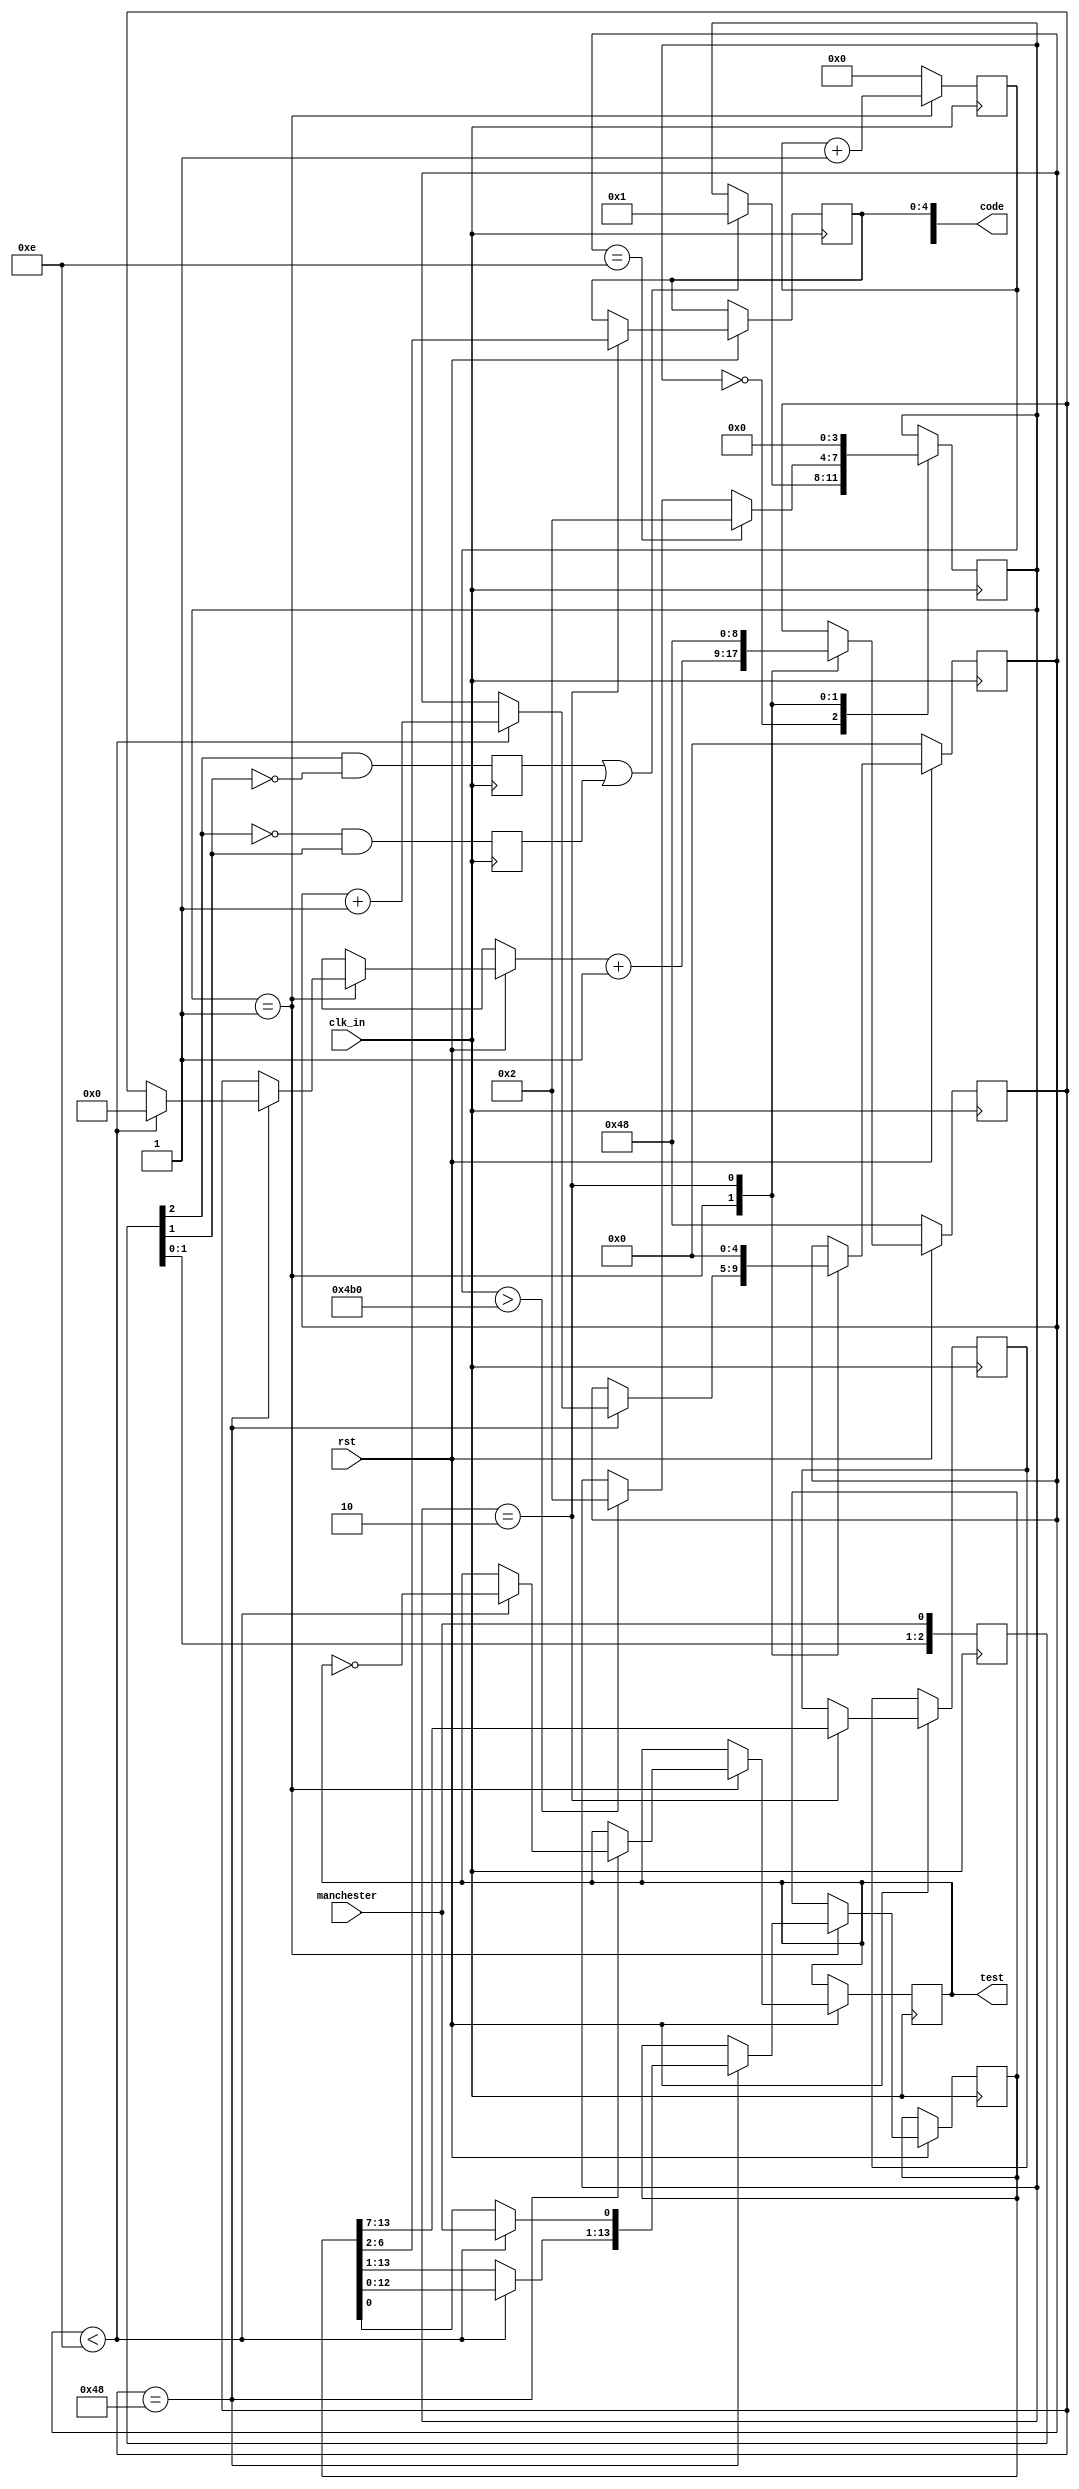
module man_decoding(
           input wire	clk_in,
           input wire	rst,
           //    input wire	clk_3us,
           input wire manchester,
           output reg test,
           output reg[15: 0] code

       );

reg [13: 0]rx_buf;

// 定义曼码接收长度
parameter rx_len = 14; 



reg manchester_neg = 0;
reg manchester_pos = 0;
reg [2: 0] manchester_r = 0;


always@(posedge clk_in)   // 打两拍捕获manchester码上升下降沿
begin
    manchester_r	<= {manchester_r[1: 0], manchester};
    manchester_neg	<= manchester_r[2] & (~manchester_r[1]);
    manchester_pos	<= (~manchester_r[2]) & manchester_r[1];
end


reg [3: 0]state = 0;
reg [12: 0]cnt = 0;


// receive slave code
always@(posedge clk_in)        // 计时
begin
    if (state == 1)
    begin
        cnt = cnt + 1;
    end
    else
    begin
        cnt = 0;
    end
end

always@(posedge clk_in)
begin
    case (state)
        0:
        begin
            if (manchester_neg | manchester_pos)
            begin
                state = 1;      // 开始解码
            end
        end

        1:
        begin
            if (cnt > 1200)       // 超时   100us超时跳转状态
            begin
                state = 2;
            end
				if (num == rx_len)			 // 存满数据跳转状态
				begin
					state =2;
				end
        end

        2:                               // 解码结束
        begin
            state = 0;
        end
    endcase
end

reg [8: 0]cnt_bit = 72;
reg [4: 0]num = 0;
always@(posedge clk_in)
begin
    if (!rst)
    begin
        cnt_bit = 72;
        num = 0;

    end
    else
    case (state)
        1:
        begin
            if (cnt_bit == 72)       // 6us 采样一次
            begin
                if (num < rx_len)          // 接收14bit曼码
                begin
                    rx_buf = rx_buf << 1;

                    rx_buf[0] = manchester;
                    cnt_bit = 0;
                    num = num + 1;
                    test = ~test;		// 采样点测试
                end
            end
            else
            begin
                cnt_bit = cnt_bit;
            end
            //				test = ~test;
            cnt_bit = cnt_bit + 1;
        end
        2:
        begin
            cnt_bit = 72;
            num = 0;
            code[14: 8] = rx_buf[13: 7];			// 拆分数据给SPI，rxbuf中存放解码后的数据
            code[4: 0] = rx_buf[6: 2];
        end

    endcase
end

endmodule